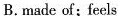
B.made of;feels